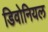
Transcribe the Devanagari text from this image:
डिवोनियल